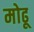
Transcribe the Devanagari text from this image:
मोढू